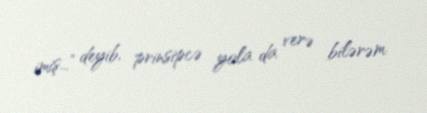
imiş...” deyib, prinsipcə yola da verə bilərəm.